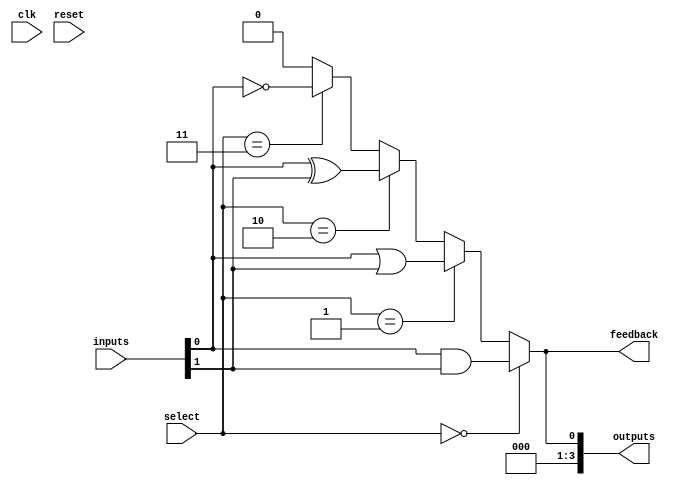
module CLB (
    input wire [3:0] inputs,          // Input lines
    input wire [1:0] select,          // Select lines for multiplexers
    input wire clk,                    // Global clock signal
    input wire reset,                  // Global reset signal
    output wire [3:0] outputs,         // Output lines
    output wire feedback               // Feedback path
);

// Configuration memory (LUTs) for logic function units
reg [3:0] lut [0:3]; // 4 LUTs, each can handle 4 inputs

// Initialize LUTs (example configurations)
initial begin
    lut[0] = 4'b0000; // LUT0: AND function
    lut[1] = 4'b1111; // LUT1: OR function
    lut[2] = 4'b1010; // LUT2: XOR function
    lut[3] = 4'b1110; // LUT3: NOT function
end

// Internal signals
wire [3:0] lut_out;
wire [3:0] mux_out;

// Logic function units
assign lut_out[0] = inputs[0] & inputs[1]; // AND
assign lut_out[1] = inputs[0] | inputs[1]; // OR
assign lut_out[2] = inputs[0] ^ inputs[1]; // XOR
assign lut_out[3] = ~inputs[0];            // NOT

// Multiplexer to select output from LUTs
assign mux_out = (select == 2'b00) ? lut_out[0] :
                 (select == 2'b01) ? lut_out[1] :
                 (select == 2'b10) ? lut_out[2] :
                 (select == 2'b11) ? lut_out[3] : 4'b0000;

// Feedback path
assign feedback = mux_out[0]; // Example feedback from the first bit of mux_out

// Output lines
assign outputs = mux_out;

endmodule